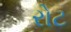
રોટ